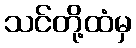
သင်တို့ထံမှ